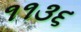
૧૧૩૬